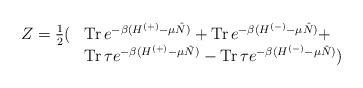
LaTeX: \begin{align*}\begin{array}{ll}Z= \frac{1}{2}( & \mbox{Tr\thinspace } e^{-\beta(H^{(+)}-\mu\hat N)}+\mbox{Tr\thinspace }e^{-\beta(H^{(-)}-\mu\hat N)}+ \\ & \mbox{Tr\thinspace } \tau e^{-\beta(H^{(+)}-\mu\hat N)}- \mbox{Tr\thinspace}\tau e^{-\beta(H^{(-)}-\mu\hat N)})\end{array}\end{align*}